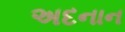
અદનાન